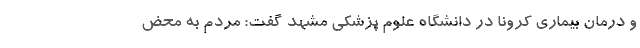
و درمان بیماری کرونا در دانشگاه علوم پزشکی مشهد گفت: مردم به محض